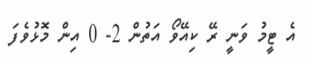
އެ ޓީމު ވަނީ ރޭ ކިއޭވޯ އަތުން 2- 0 އިން މޮޅުވެފަ